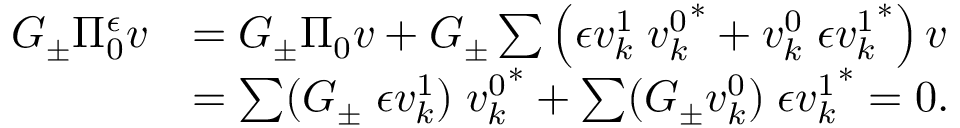
\begin{array} { r l } { G _ { \pm } \Pi _ { 0 } ^ { \epsilon } v } & { = G _ { \pm } \Pi _ { 0 } v + G _ { \pm } \sum \left( { \epsilon } v _ { k } ^ { 1 } \; { v _ { k } ^ { 0 } } ^ { \ast } + v _ { k } ^ { 0 } \; { { \epsilon } v _ { k } ^ { 1 } } ^ { \ast } \right) v } \\ & { = \sum ( G _ { \pm } \; { \epsilon } v _ { k } ^ { 1 } ) \; { v _ { k } ^ { 0 } } ^ { \ast } + \sum ( G _ { \pm } v _ { k } ^ { 0 } ) \; { { \epsilon } v _ { k } ^ { 1 } } ^ { \ast } = 0 . } \end{array}